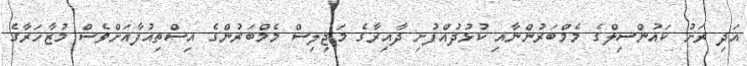
އަދި ރަށު ކައުންސިލްގެ މެމްބަރުންނާއި ކުޅުދުއްފުށި ދާއިރާގެ މަޖިލިސް މެމްބަރުންގެ އިސްތިއުފާއަށްވެސް މުޒާހަރާގެ